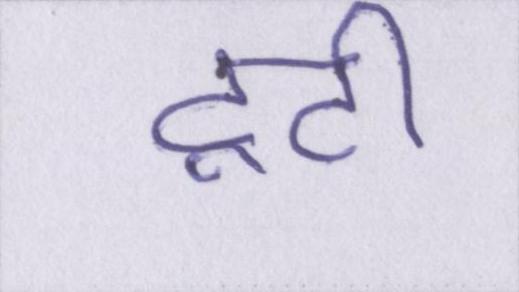
टूटी